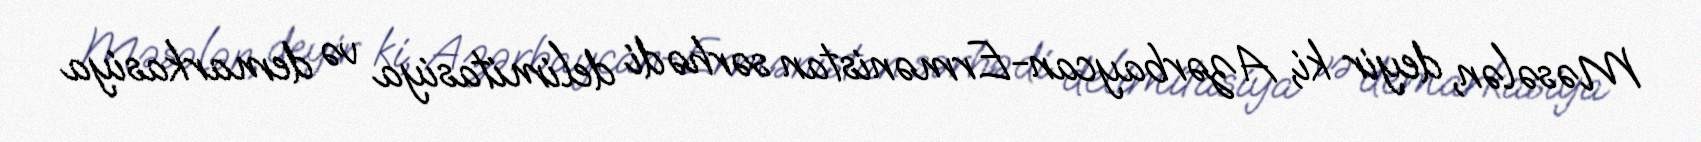
Məsələn, deyir ki, Azərbaycan-Ermənistan sərhədi delimitasiya və demarkasiya